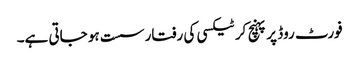
فورٹ روڈ پر پہنچ کر ٹیکسی کی رفتار سست ہو جاتی ہے۔